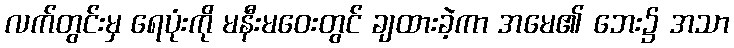
လက်တွင်းမှ ရေပုံးကို မနီးမဝေးတွင် ချထားခဲ့ကာ အမေ၏ ဘေး၌ အသာ